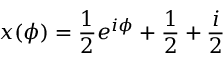
x ( \phi ) = \frac { 1 } { 2 } e ^ { i \phi } + \frac { 1 } { 2 } + \frac { i } { 2 }